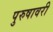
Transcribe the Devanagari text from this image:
पुरुषावरी